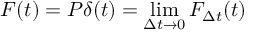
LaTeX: F ( t ) = P \delta ( t ) = \operatorname* { l i m } _ { \Delta t \to 0 } F _ { \Delta t } ( t )